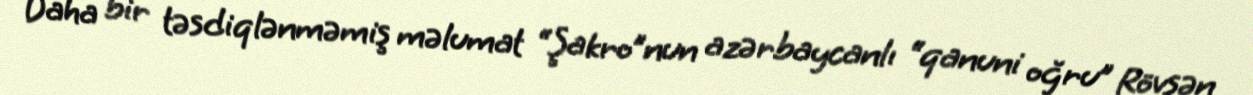
Daha bir təsdiqlənməmiş məlumat “Şakro”nun azərbaycanlı “qanuni oğru” Rövşən